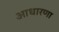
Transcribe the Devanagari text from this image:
आधारणा